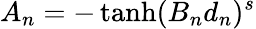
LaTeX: A_{n}=-\operatorname{tanh}(B_{n}d_{n})^{s}